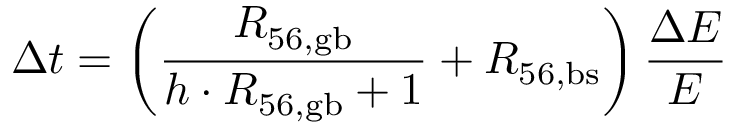
\Delta t = \left( \frac { R _ { \mathrm { 5 6 , g b } } } { h \cdot R _ { \mathrm { 5 6 , g b } } + 1 } + R _ { \mathrm { 5 6 , b s } } \right) \frac { \Delta E } { E }